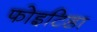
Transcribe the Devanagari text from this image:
फोइटिडा